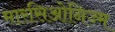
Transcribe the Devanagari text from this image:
मारसिओनिज्म